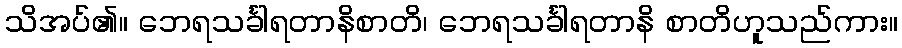
သိအပ်၏။ ဘေရသင်္ခါရတာနိစာတိ၊ ဘေရသင်္ခါရတာနိ စာတိဟူသည်ကား။